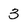
Character: 3